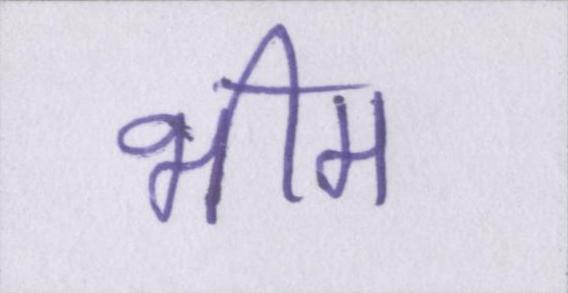
भीम